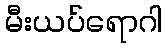
မီးယပ်ရောဂါ